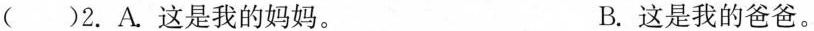
()2.A.这是我的妈妈。 B.这是我的爸爸。